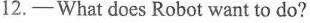
12.—— What does Robot want to do?